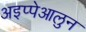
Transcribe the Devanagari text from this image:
अइप्पेआलुन